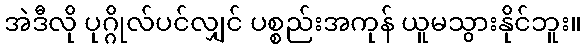
အဲဒီလို ပုဂ္ဂိုလ်ပင်လျှင် ပစ္စည်းအကုန် ယူမသွားနိုင်ဘူး။